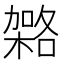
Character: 𭫹